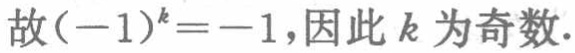
故\((-1)^{k}=-1\)，因此 \(k\) 为奇数.